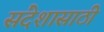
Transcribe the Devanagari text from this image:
संदेशासाठी